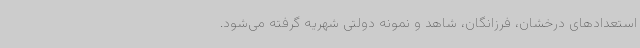
استعدادهای درخشان، فرزانگان، شاهد و نمونه دولتی شهریه گرفته می‌شود.